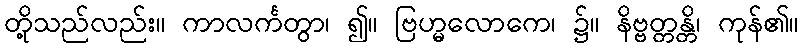
တို့သည်လည်း။ ကာလင်္ကတွာ၊ ၍။ ဗြဟ္မလောကေ၊ ၌။ နိဗ္ဗတ္တန္တိ၊ ကုန်၏။